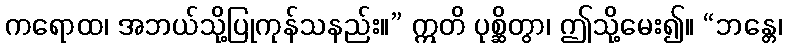
ကရောထ၊ အဘယ်သို့ပြုကုန်သနည်း။” ဣတိ ပုစ္ဆိတွာ၊ ဤသို့မေး၍။ “ဘန္တေ၊